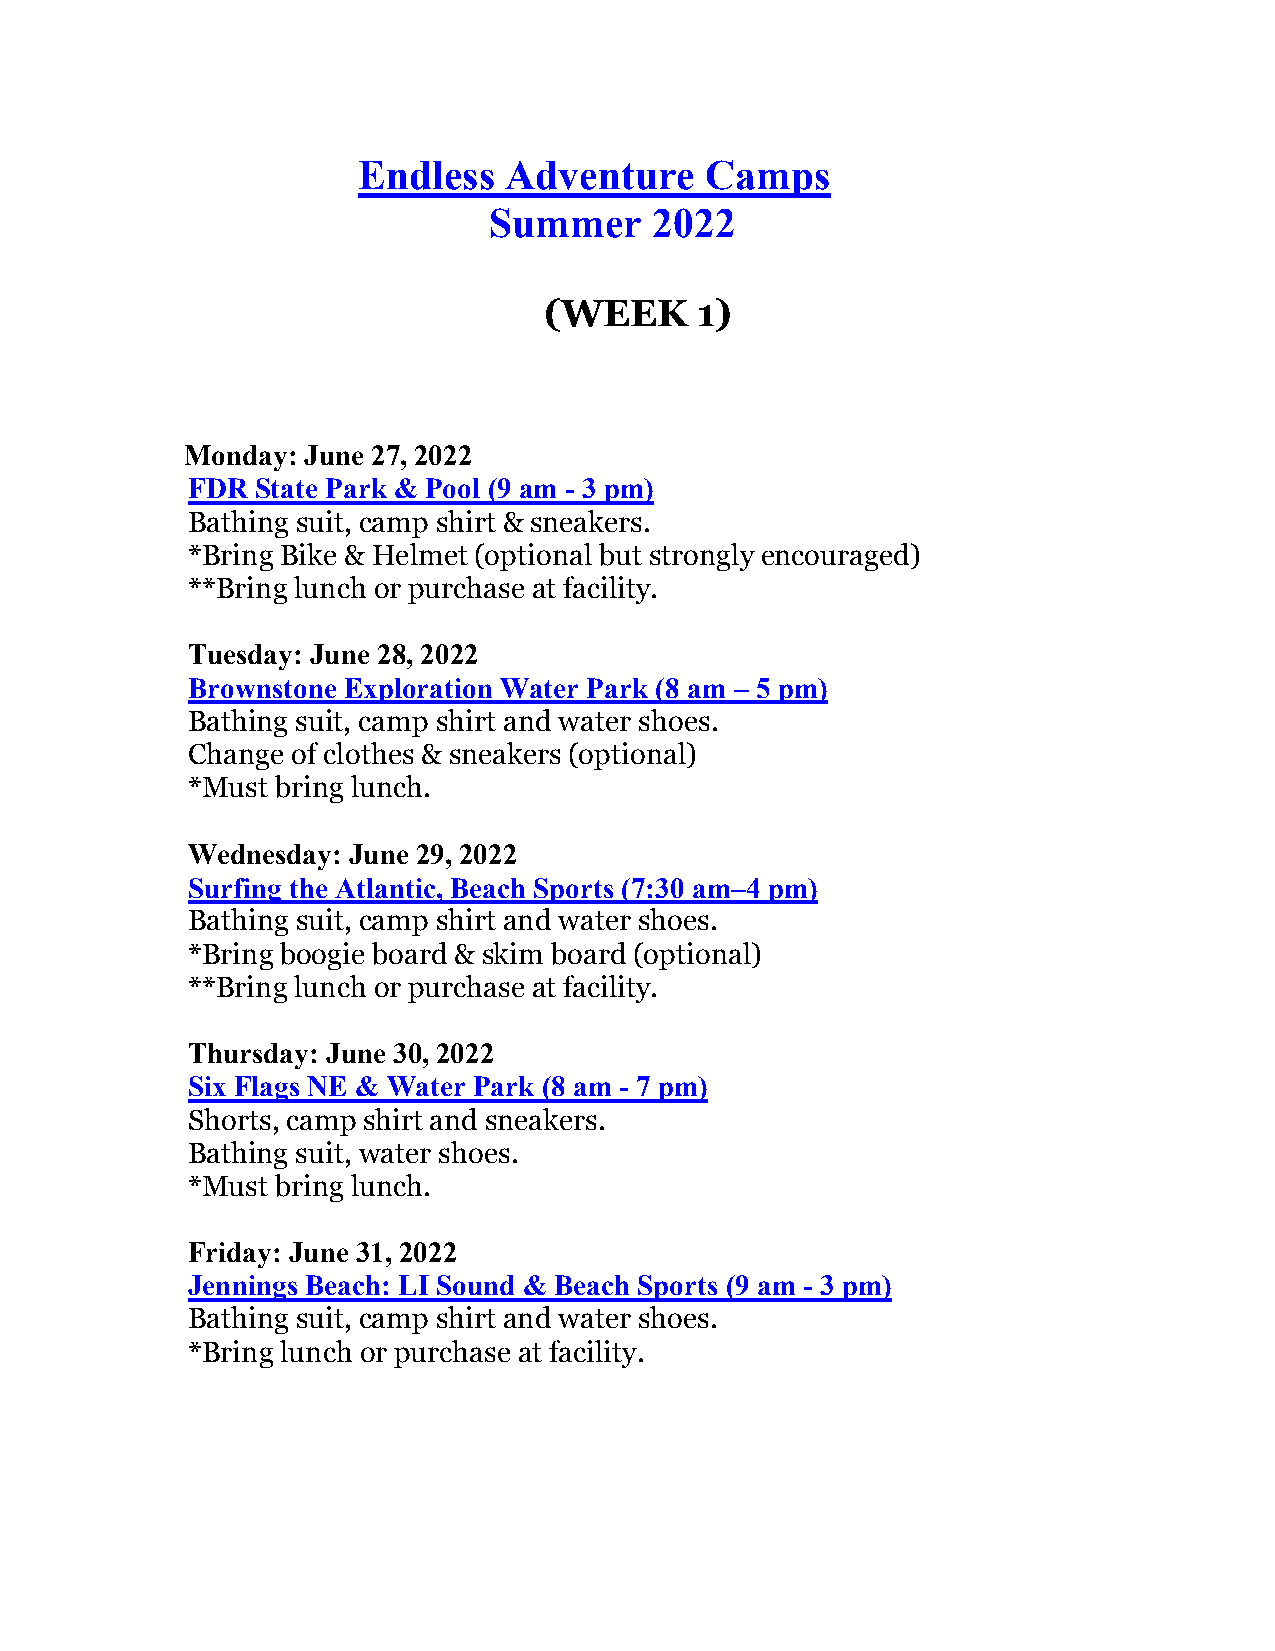
Endless  Adventure     Camps
 Summer     2022
 (WEEK     1)
 Monday: June 27, 2022
 FDR  State Park & Pool (9 am - 3 pm)
 Bathing suit, camp shirt & sneakers.
 *Bring Bike & Helmet (optional but strongly encouraged)
 **Bring lunch or purchase at facility.
 Tuesday: June 28, 2022
 Brownstone Exploration Water Park (8 am – 5 pm)
 Bathing suit, camp shirt and water shoes.
 Change of clothes & sneakers (optional)
 *Must bring lunch.
 Wednesday: June 29, 2022
 Surfing the Atlantic, Beach Sports (7:30 am–4 pm)
 Bathing suit, camp shirt and water shoes.
 *Bring boogie board & skim board (optional)
 **Bring lunch or purchase at facility.
 Thursday: June 30, 2022
 Six Flags NE & Water Park (8 am - 7 pm)
 Shorts, camp shirt and sneakers.
 Bathing suit, water shoes.
 *Must bring lunch.
 Friday: June 31, 2022
 Jennings Beach: LI Sound & Beach Sports (9 am - 3 pm)
 Bathing suit, camp shirt and water shoes.
 *Bring lunch or purchase at facility.